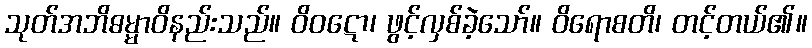
သုတ်အဘိဓမ္မာဝိနည်းသည်။ ဝိဝဋော၊ ဖွင့်လှစ်ခဲ့သော်။ ဝိရောစတိ၊ တင့်တယ်၏။